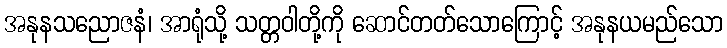
အနုနသညောဇနံ၊ အာရုံသို့ သတ္တဝါတို့ကို ဆောင်တတ်သောကြောင့် အနုနယမည်သော